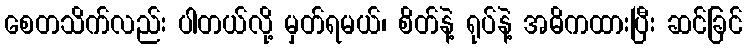
စေတသိက်လည်း ပါတယ်လို့ မှတ်ရမယ်၊ စိတ်နဲ့ ရုပ်နဲ့ အဓိကထားပြီး ဆင်ခြင်